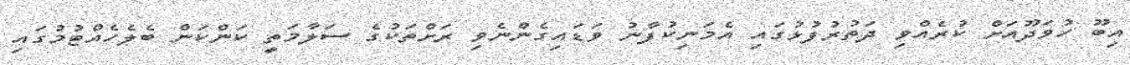
އިބޫ ހުވަދޫއަށް ކުރެއްވި ދަތުރުފުޅުގައި އެމަނިކުފާނު ވަޑައިގެންނެވި ރަށްތަކުގެ ސަލާމަތީ ކަންކަން ބެލެހެއްޓުމުގައި